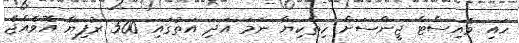
ހައި ވެއިސްޓް ޖީންސަށް ހިތްކިޔާ ނަމަ އަދި އަތުގައި 500 ރުފިޔާ އޮވެއްޖެ